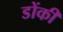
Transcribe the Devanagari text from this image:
डोंकी